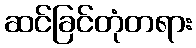
ဆင်ခြင်တုံတရား